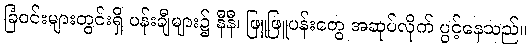
ခြံဝင်းများတွင်းရှိ ပန်းချီများ၌ နီနီ၊ ဖြူဖြူပန်းတွေ အဆုပ်လိုက် ပွင့်နေသည်။